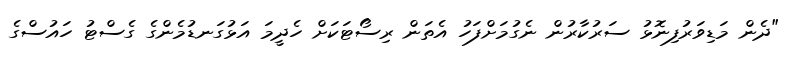
"ދެން މަޑިވަރުފިނޮޅު ސަރުކާރުން ނެގުމަށްފަހު އެތަން ރިސޯޓަކަށް ހެދީމަ އަޅުގަނޑުމެންގެ ގެސްޓު ހައުސްގެ